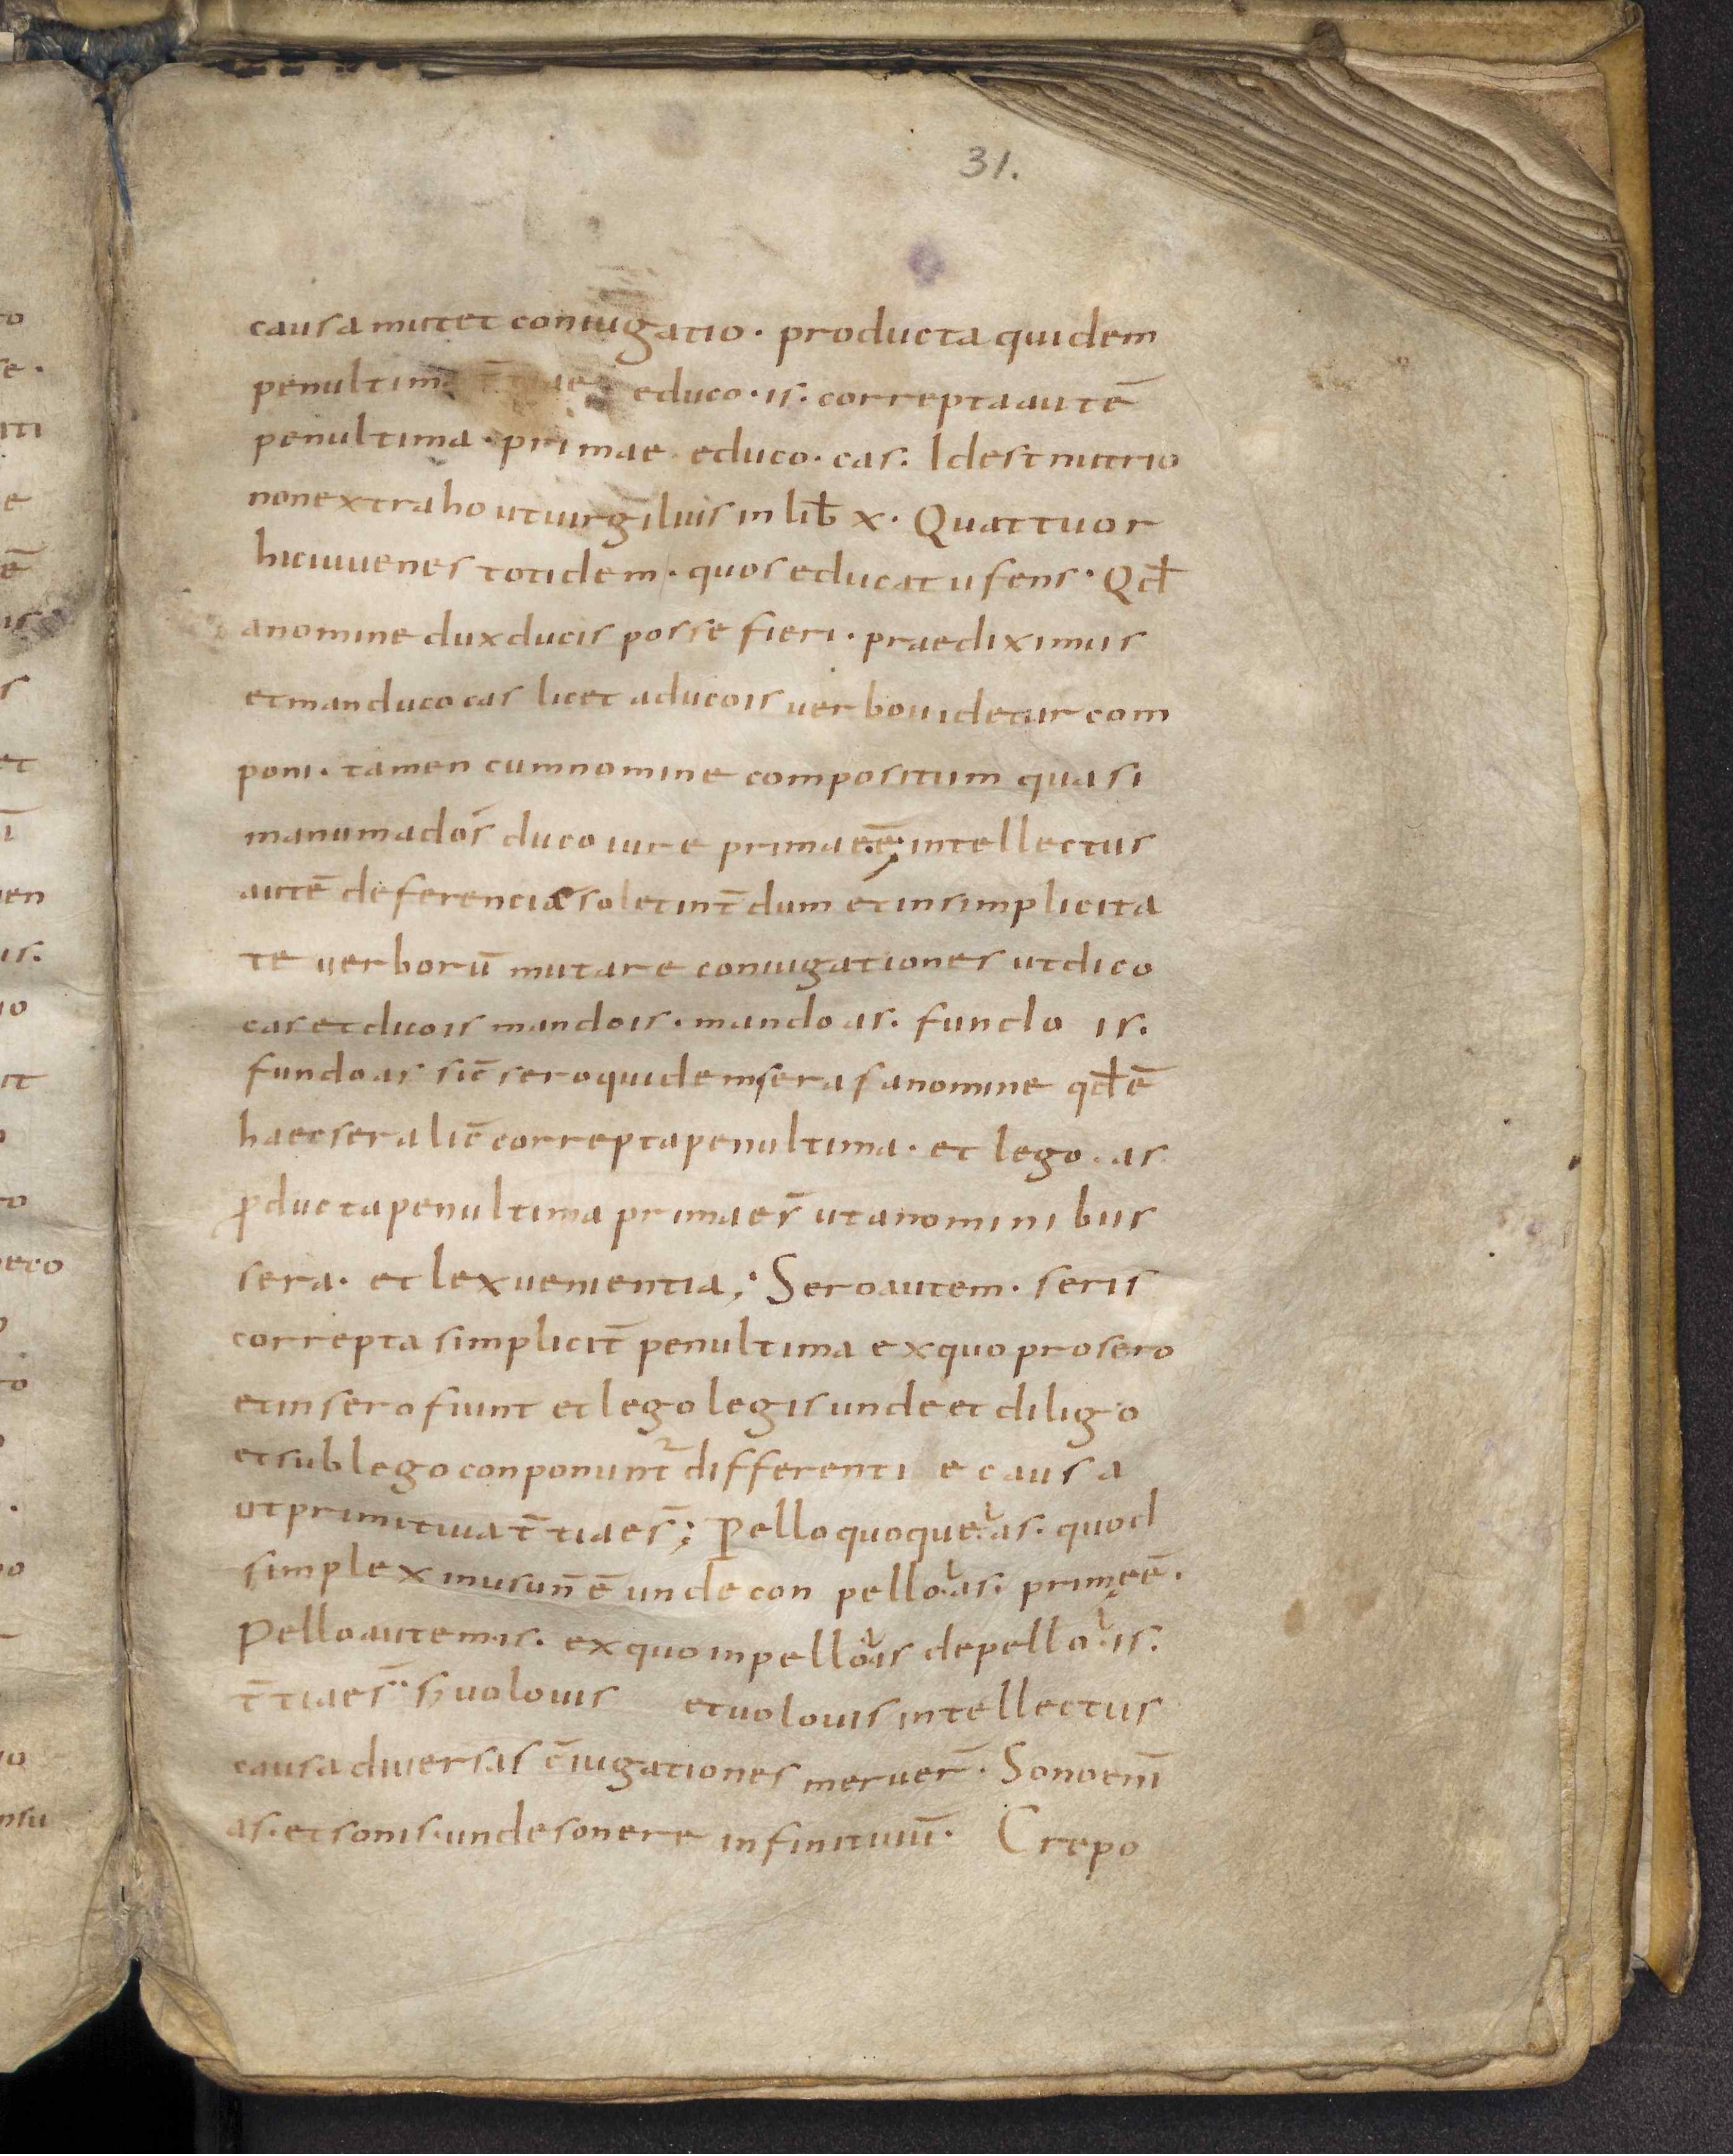
Shelfmark: Leiden, Bibliotheek der Rijksuniversiteit, Voss. Lat. O 41
Century: 9